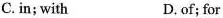
C.in; with D.of; for